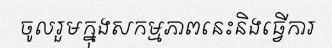
ចូលរួមក្នុងសកម្មភាពនេះនិងធ្វើការ